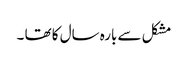
مشکل سے بارہ سال کا تھا ۔